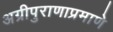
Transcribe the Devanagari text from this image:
अग्रीपुराणाप्रमाणे